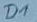
Text: D1